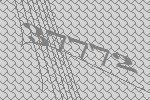
37772